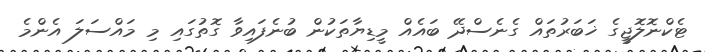
ޓެކްނޮލޮޖީގެ ޚަބަރުތައް ގެނެސްދޭ ބައެއް މީޑިޔާތަކުން ބުނެފައިވާ ގޮތުގައި މި މައްސަލަ އެންމެ